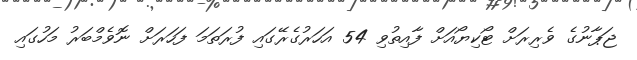
ޖަޕާނުގެ ވެރިރަށް ޓޯކިޔޯއަށް ފާއިތުވި 54 އަހަރުގެރޭގައި ފުރަތަމަ ފަހަރަށް ނޮވެމްބަރު މަހުގައި